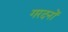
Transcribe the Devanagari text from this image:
गरदनों